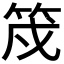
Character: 𮅇